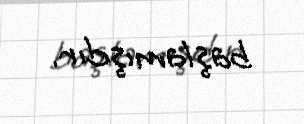
başlamışdır.